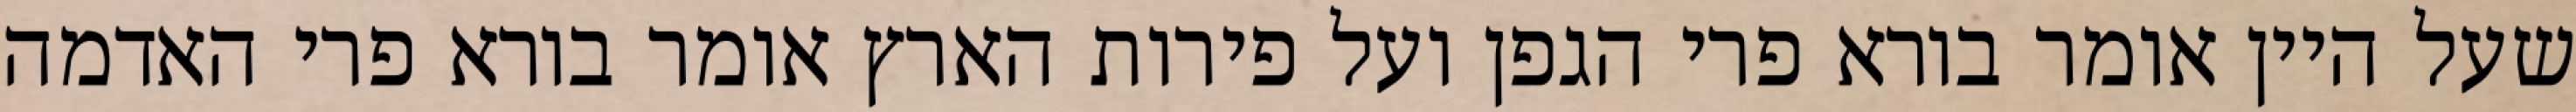
שעל היין אומר בורא פרי הגפן ועל פירות הארץ אומר בורא פרי האדמה